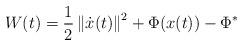
LaTeX: \begin{align*}W(t)=\frac{1}{2}\left\Vert \dot{x}(t)\right\Vert ^{2}+\Phi(x(t))-\Phi^{\ast}\end{align*}